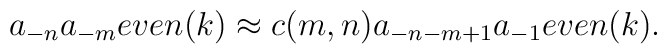
a_{-n} a_{-m}even(k) \approx c(m,n) a_{-n-m+1} a_{-1}even(k).